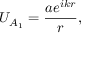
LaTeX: U _ { A _ { 1 } } = { \frac { a e ^ { i k r } } { r } } ,